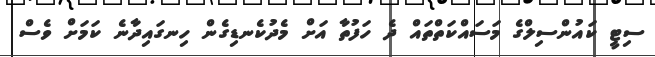
ސިޓީ ކައުންސިލްގެ މަސައްކަތްތައް ދެ ހަފުތާ އަށް މެދުކެނޑިގެން ހިނގައިދާނެ ކަމަށް ވެސް